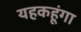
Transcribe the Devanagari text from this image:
यहकहूंगा